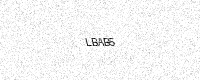
Text: LBAB5